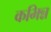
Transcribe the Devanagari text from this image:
कभिन्न